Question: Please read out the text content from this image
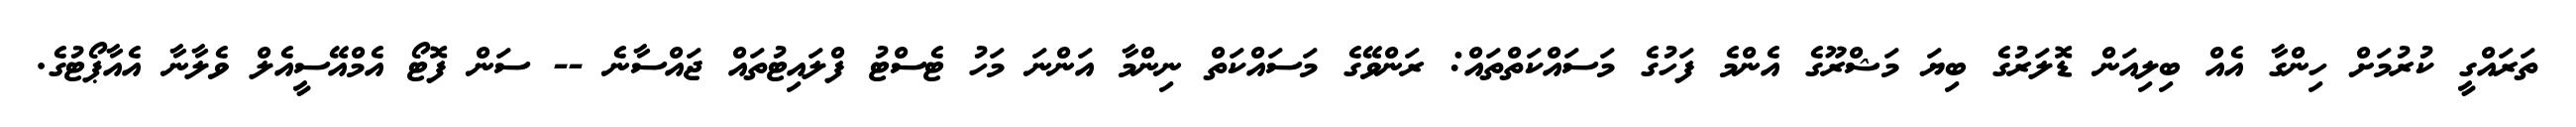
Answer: ތަރައްގީ ކުރުމަށް ހިންގާ އެއް ބިލިއަން ޑޮލަރުގެ ބިޔަ މަޝްރޫގެ އެންމެ ފަހުގެ މަސައްކަތްތައް: ރަންވޭގެ މަސައްކަތް ނިންމާ އަންނަ މަހު ޓެސްޓު ފްލައިޓުތައް ޖައްސާނެ -- ސަން ފޮޓޯ އެމްއޭސީއެލް ވެލާނާ އެއާޕޯޓުގެ.